Report of the Indian Hemp Drugs Commission, 1894-1895 - Volume I
Year: 1894
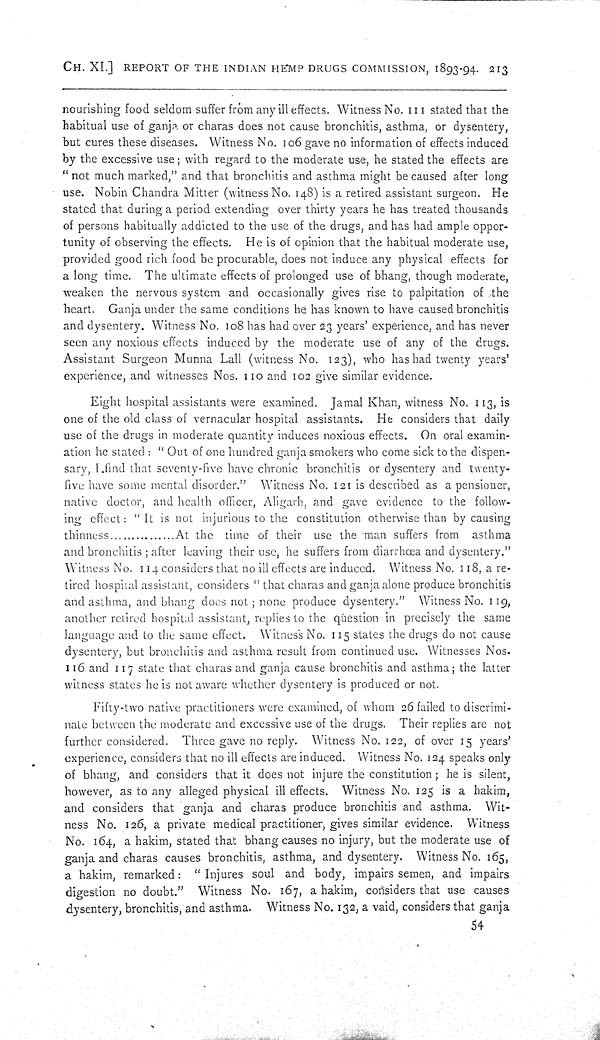
CH. XI.] REPORT OF THE INDIAN HEMP DRUGS COMMISSION, 1893-94. 213
nourishing food seldom suffer from any ill effects. Witness No. III stated that the
habitual use of ganja or charas does not cause bronchitis, asthma, or dysentery,
but cures these diseases. Witness No. 106 gave no information of effects induced
by the excessive use; with regard to the moderate use, he stated the effects are
"not much marked," and that bronchitis and asthma might be caused after long
use. Nobin Chandra Mitter (witness No. 148) is a retired assistant surgeon. He
stated that during a period extending over thirty years he has treated thousands
of persons habitually addicted to the use of the drugs, and has had ample oppor-
tunity of observing the effects. He is of opinion that the habitual moderate use,
provided good rich food be procurable, does not induce any physical effects for
a long time. The ultimate effects of prolonged use of bhang, though moderate,
weaken the nervous system and occasionally gives rise to palpitation of the
heart. Ganja under the same conditions he has known to have caused bronchitis
and dysentery. Witness No. 108 has had over 23 years' experience, and has never
seen any noxious effects induced by the moderate use of any of the drugs.
Assistant Surgeon Munna Lall (witness No. 123), who has had twenty years'
experience, and witnesses Nos. 110 and 102 give similar evidence.
Eight hospital assistants were examined. Jamal Khan, witness No. 113, is
one of the old class of vernacular hospital assistants. He considers that daily
use of the drugs in moderate quantity induces noxious effects. On oral examin-
ation he stated: "Out of one hundred ganja smokers who come sick to the dispen-
sary, I find that seventy-five have chronic bronchitis or dysentery and twenty-
five have some mental disorder." Witness No. 121 is described as a pensioner,
native doctor, and health officer, Aligarh, and gave evidence to the follow-
ing effect: "It is not injurious to the constitution otherwise than by causing
thinness...
At the time of their use the man suffers from asthma
and bronchitis; after leaving their use, he suffers from diarrhœa and dysentery."
Witness No. 114 considers that no ill effects are induced. Witness No. 118, a re-
tired hospital assistant, considers "that charas and ganja alone produce bronchitis
and asthma, and bhang does not; none produce dysentery." Witness No. 119,
another retired hospital assistant, replies to the question in precisely the same
language and to the same effect. Witness No. 115 states the drugs do not cause
dysentery, but bronchitis and asthma result from continued use. Witnesses Nos.
116 and 117 state that charas and ganja cause bronchitis and asthma; the latter
witness states he is not aware whether dysentery is produced or not.
Fifty-two native practitioners were examined, of whom 26 failed to discrimi-
nate between the moderate and excessive use of the drugs. Their replies are not
further considered. Three gave no reply. Witness No. 122, of over 15 years'
experience, considers that no ill effects are induced. Witness No. 124 speaks only
of bhang, and considers that it does not injure the constitution; he is silent,
however, as to any alleged physical ill effects. Witness No. 125 is a hakim,
and considers that ganja and charas produce bronchitis and asthma. Wit-
ness No. 126, a private medical practitioner, gives similar evidence. Witness
No. 164, a hakim, stated that bhang causes no injury, but the moderate use of
ganja and charas causes bronchitis, asthma, and dysentery. Witness No. 165,
a hakim, remarked: "Injures soul and body, impairs semen, and impairs
digestion no doubt." Witness No. 167, a hakim, considers that use causes
dysentery, bronchitis, and asthma. Witness No. 132, a vaid, considers that ganja
54